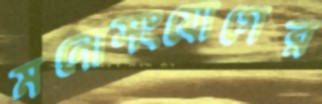
মনোসংযোগের